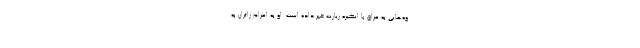
وه‌هایی به عراق با انگیزه زیارت خبر داده است. او به اعزام زائران به